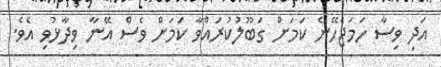
އަދި ވިސާ ހަމަޖެހޭނެ ކަމަށް ގަބޫލުކުރައްވާ ކަމަށް ވެސް އޭނާ ވިދާޅުވި އެވެ.